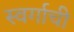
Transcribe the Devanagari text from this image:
स्वर्गाची